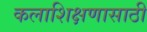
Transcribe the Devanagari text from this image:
कलाशिक्षणासाठी